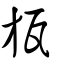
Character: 瓬